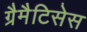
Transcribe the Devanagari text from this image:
ग्रैमैटिसेस